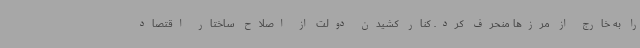
را به خارج از مرزها منحرف کرد. کنار کشیدن دولت از اصلاح ساختار اقتصاد